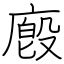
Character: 廏